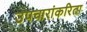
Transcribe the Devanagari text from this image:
उपचारांकरिता